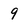
Character: 9